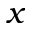
x